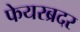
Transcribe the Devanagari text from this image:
फेयरब्रदर